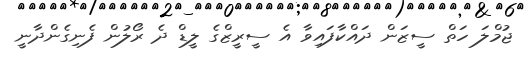
ޖުމްލަ ހަތް ސީޒަން ދައްކާފައިވާ އެ ސީރީޒްގެ ލީޑް ދެ ރޯލުން ފެނިގެންދާނީ